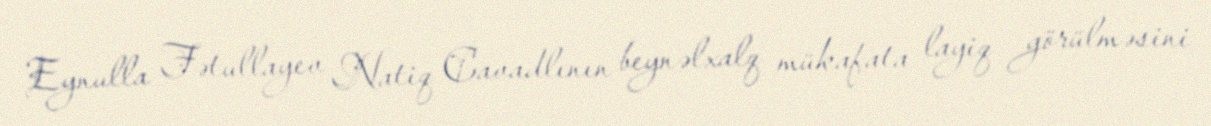
Eynulla Fətullayev Natiq Cavadlının beynəlxalq mükafata layiq görülməsini